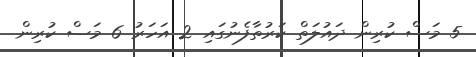
5 މަސް ކުރިން ދައުލަތް ކަރުތާފެނުގައި 2 އަހަރު 6 މަސް ކުރިން